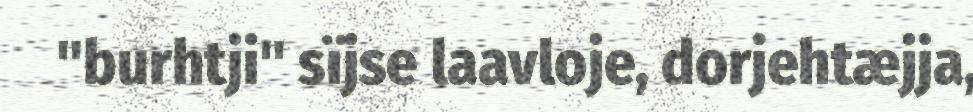
"burhtji" sïjse laavloje, dorjehtæjja,